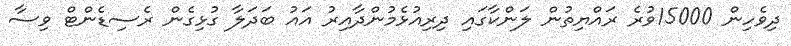
ދިވެހިން 15000ވުރެ ރައްޔިތުން ލަންކާގައި ދިރިއުޅެމުންދާއިރު އައު ބަދަލާ ގުޅިގެން ރެސިޑެންޓް ވިސާ